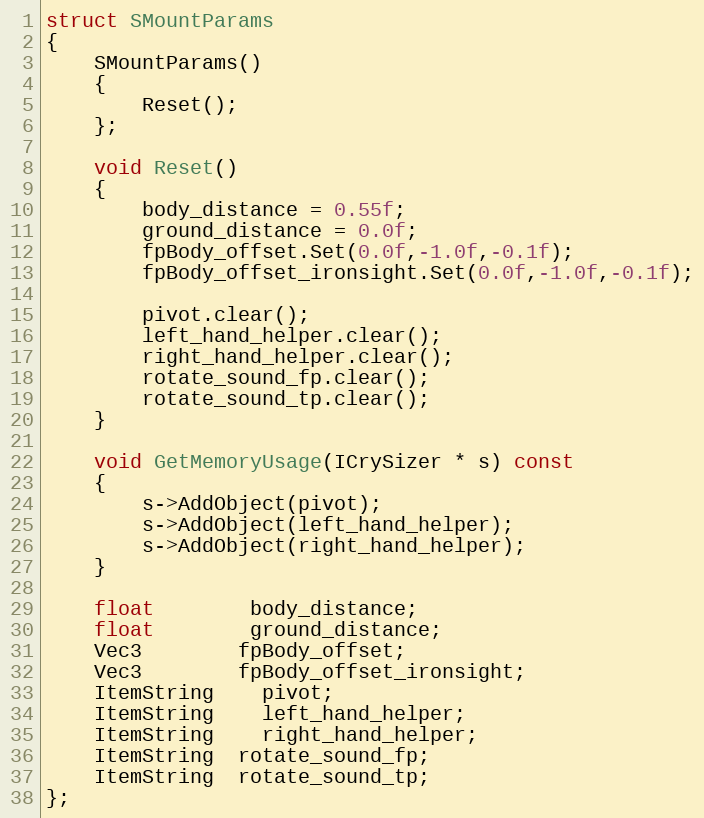
Language: C
struct SMountParams
{
	SMountParams()
	{
		Reset();
	};

	void Reset()
	{
		body_distance = 0.55f;
		ground_distance = 0.0f;
		fpBody_offset.Set(0.0f,-1.0f,-0.1f);
		fpBody_offset_ironsight.Set(0.0f,-1.0f,-0.1f);

		pivot.clear();
		left_hand_helper.clear();
		right_hand_helper.clear();
		rotate_sound_fp.clear();
		rotate_sound_tp.clear();
	}

	void GetMemoryUsage(ICrySizer * s) const
	{
		s->AddObject(pivot);
		s->AddObject(left_hand_helper);
		s->AddObject(right_hand_helper);
	}

	float		body_distance;
	float		ground_distance;
	Vec3		fpBody_offset;
	Vec3		fpBody_offset_ironsight;
	ItemString	pivot;
	ItemString	left_hand_helper;
	ItemString	right_hand_helper;
	ItemString  rotate_sound_fp;
	ItemString  rotate_sound_tp;
};